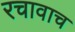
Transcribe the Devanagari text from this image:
रचावाच